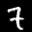
Label: 7